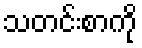
သတင်းစာကို